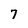
Character: 7